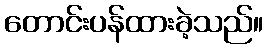
တောင်းပန်ထားခဲ့သည်။